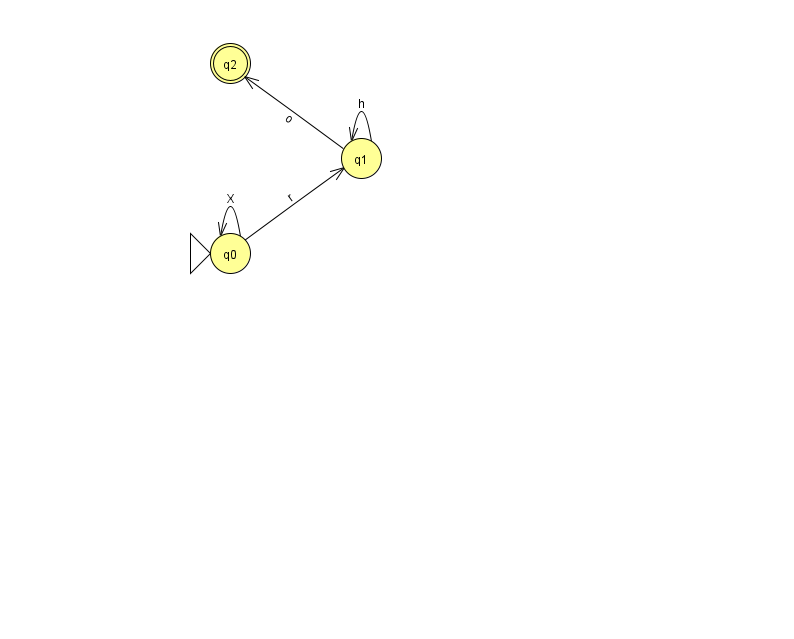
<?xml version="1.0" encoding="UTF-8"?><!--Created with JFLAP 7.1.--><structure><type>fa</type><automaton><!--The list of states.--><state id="0" name="q0"><x>230.0</x><y>240.0</y><initial/></state><state id="1" name="q1"><x>361.0</x><y>145.0</y></state><state id="2" name="q2"><x>230.0</x><y>50.0</y><final/></state><!--The list of transitions.--><transition><from>1</from><to>2</to><read>o</read></transition><transition><from>0</from><to>0</to><read>X</read></transition><transition><from>1</from><to>1</to><read>h</read></transition><transition><from>0</from><to>1</to><read>r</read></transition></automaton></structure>